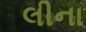
લીના